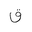
Letter: _qaf